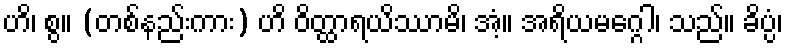
ဟိ၊ စွ။ (တစ်နည်းကား) ဟိ ဝိတ္ထာရယိဿာမိ၊ အံ့။ အရိယမဂ္ဂေါ၊ သည်။ ခိပ္ပံ၊